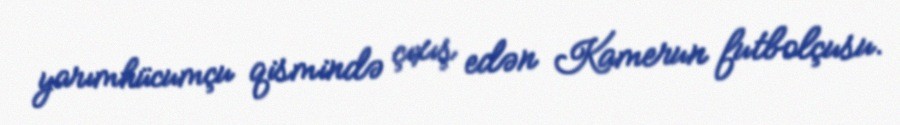
yarımhücumçu qismində çıxış edən Kamerun futbolçusu.